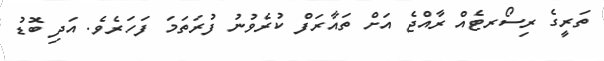
ތަރީގެ ރިސޯރޓެއް ރާއްޖެ އަށް ތައާރަފް ކުރެވުނު ފުރަތަމަ ފަހަރެވެ. އަދި ބޮޑު